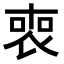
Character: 𠷫